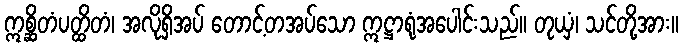
ဣစ္ဆိတံပတ္ထိတံ၊ အလိုရှိအပ် တောင့်တအပ်သော ဣဋ္ဌာရုံအပေါင်းသည်။ တုယှံ၊ သင်တို့အား။